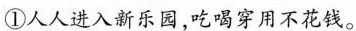
①人人进入新乐园，吃喝穿用不花钱。